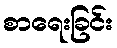
စာရေးခြင်း